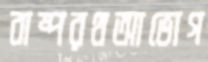
বাষ্পরথআভোগ